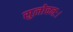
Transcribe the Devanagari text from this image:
सुलोचनः।